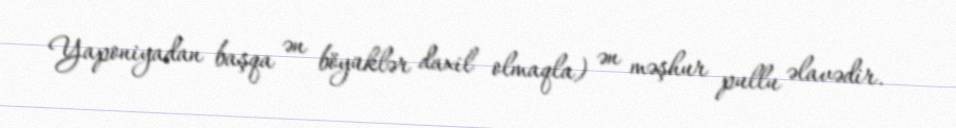
Yaponiyadan başqa ən böyüklər daxil olmaqla) ən məşhur pullu əlavədir.